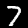
Digit: 7